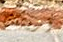
أريتك